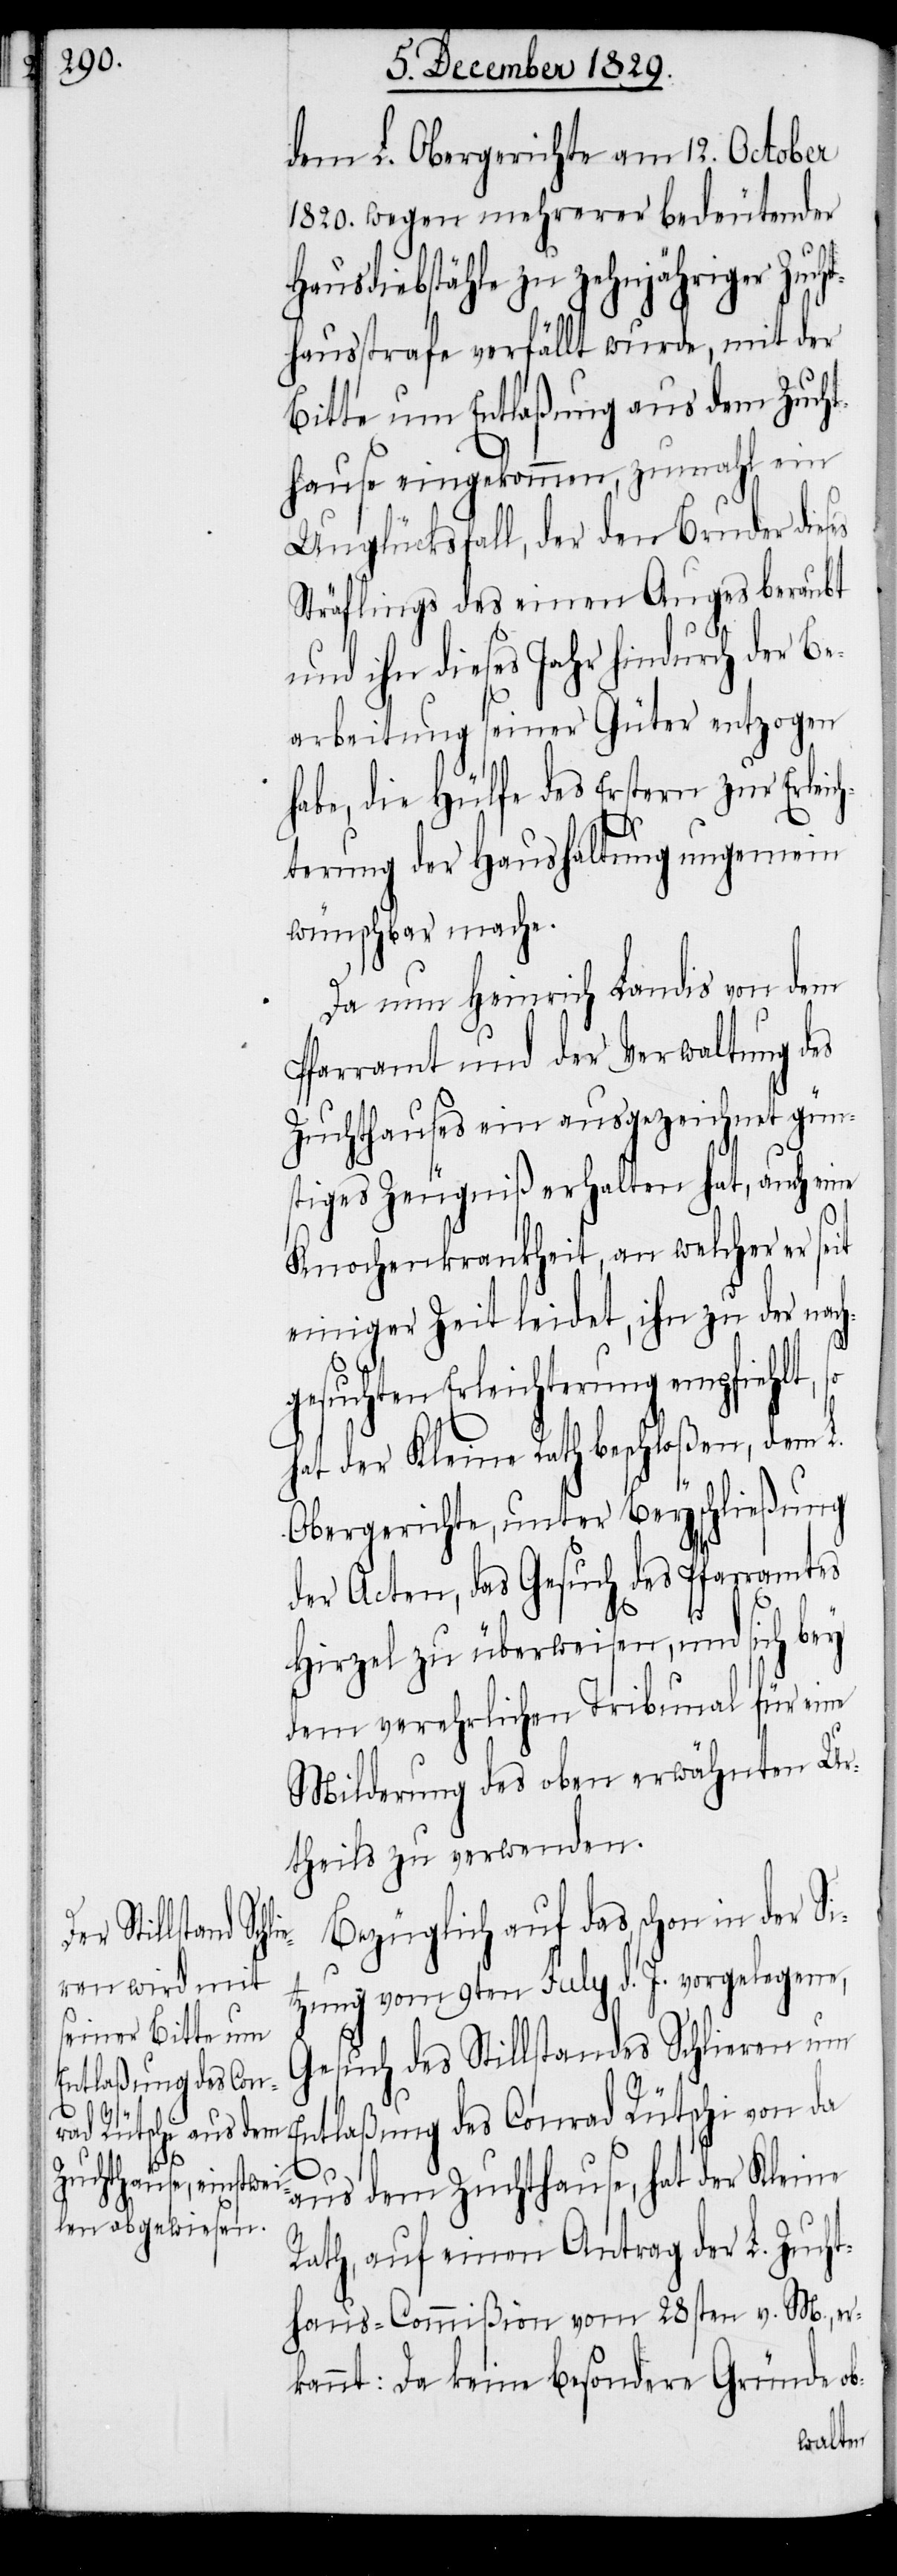
dem L. Obergerichte am 12. October
1820. wegen mehrerer bedeutender
Hausdiebstähle zu zehnjähriger Zuch¬
thausstrafe verfällt wurde, mit der
Bitte um Entlaßung aus dem Zuch¬
thause eingekommen, zumahl ein
Unglücksfall, der den Bruder dieses
Sträflings des einen Auges beraubt
und ihn dieses Jahr hindurch der Be¬
arbeitung seiner Güter entzogen
habe, die Hülfe des Erstern zur Erleic¬
hterung der Haushaltung ungemein
wünschbar mache.
Da nun Heinrich Landis von dem
Pfarramt und der Verwaltung des
Zuchthauses ein ausgezeichnet gün¬
stiges Zeugniß erhalten hat, auch eine
Knochenkrankheit, an welcher er seit
einiger Zeit leidet, ihn zu der nach¬
gesuchten Erleichterung empfiehlt,
hat der Kleine Rath beschloßen, dem L.
Obergerichte, unter Beyschließung
der Acten, das Gesuch des Pfarramtes
Si¬
Hirzel zu überweisen, und sich bey
dem verehrlichen Tribunal für eine
Milderung des oben erwähnten Ur¬
theils zu verwenden.
Bezüglich auf das schon in der
tzung vom 9ten July d. J. vorgelegene,
Gesuch des Stillstandes Schlieren um
Entlaßung des Conrad Rütschi von da
aus dem Zuchthause, hat der Kleine
Rath, auf einen Antrag der L. Zucht¬
haus-Commißion vom 28sten v. M., er¬
kannt: Da keine besondere Gründe